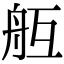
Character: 𦨝